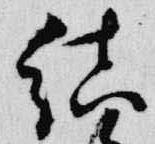
結